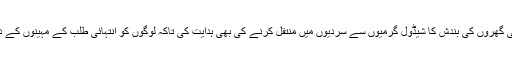
نوازشریف نے مرمت کے کام کی بناء پر بجلی گھروں کی بندش کا شیڈول گرمیوں سے سردیوں میں منتقل کرنے کی بھی ہدایت کی تاکہ لوگوں کو انتہائی طلب کے مہینوں کے دوران زیادہ سے زیادہ بجلی فراہم کی جاسکے۔